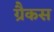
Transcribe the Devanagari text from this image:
ग्रैकस